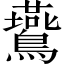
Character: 鷰